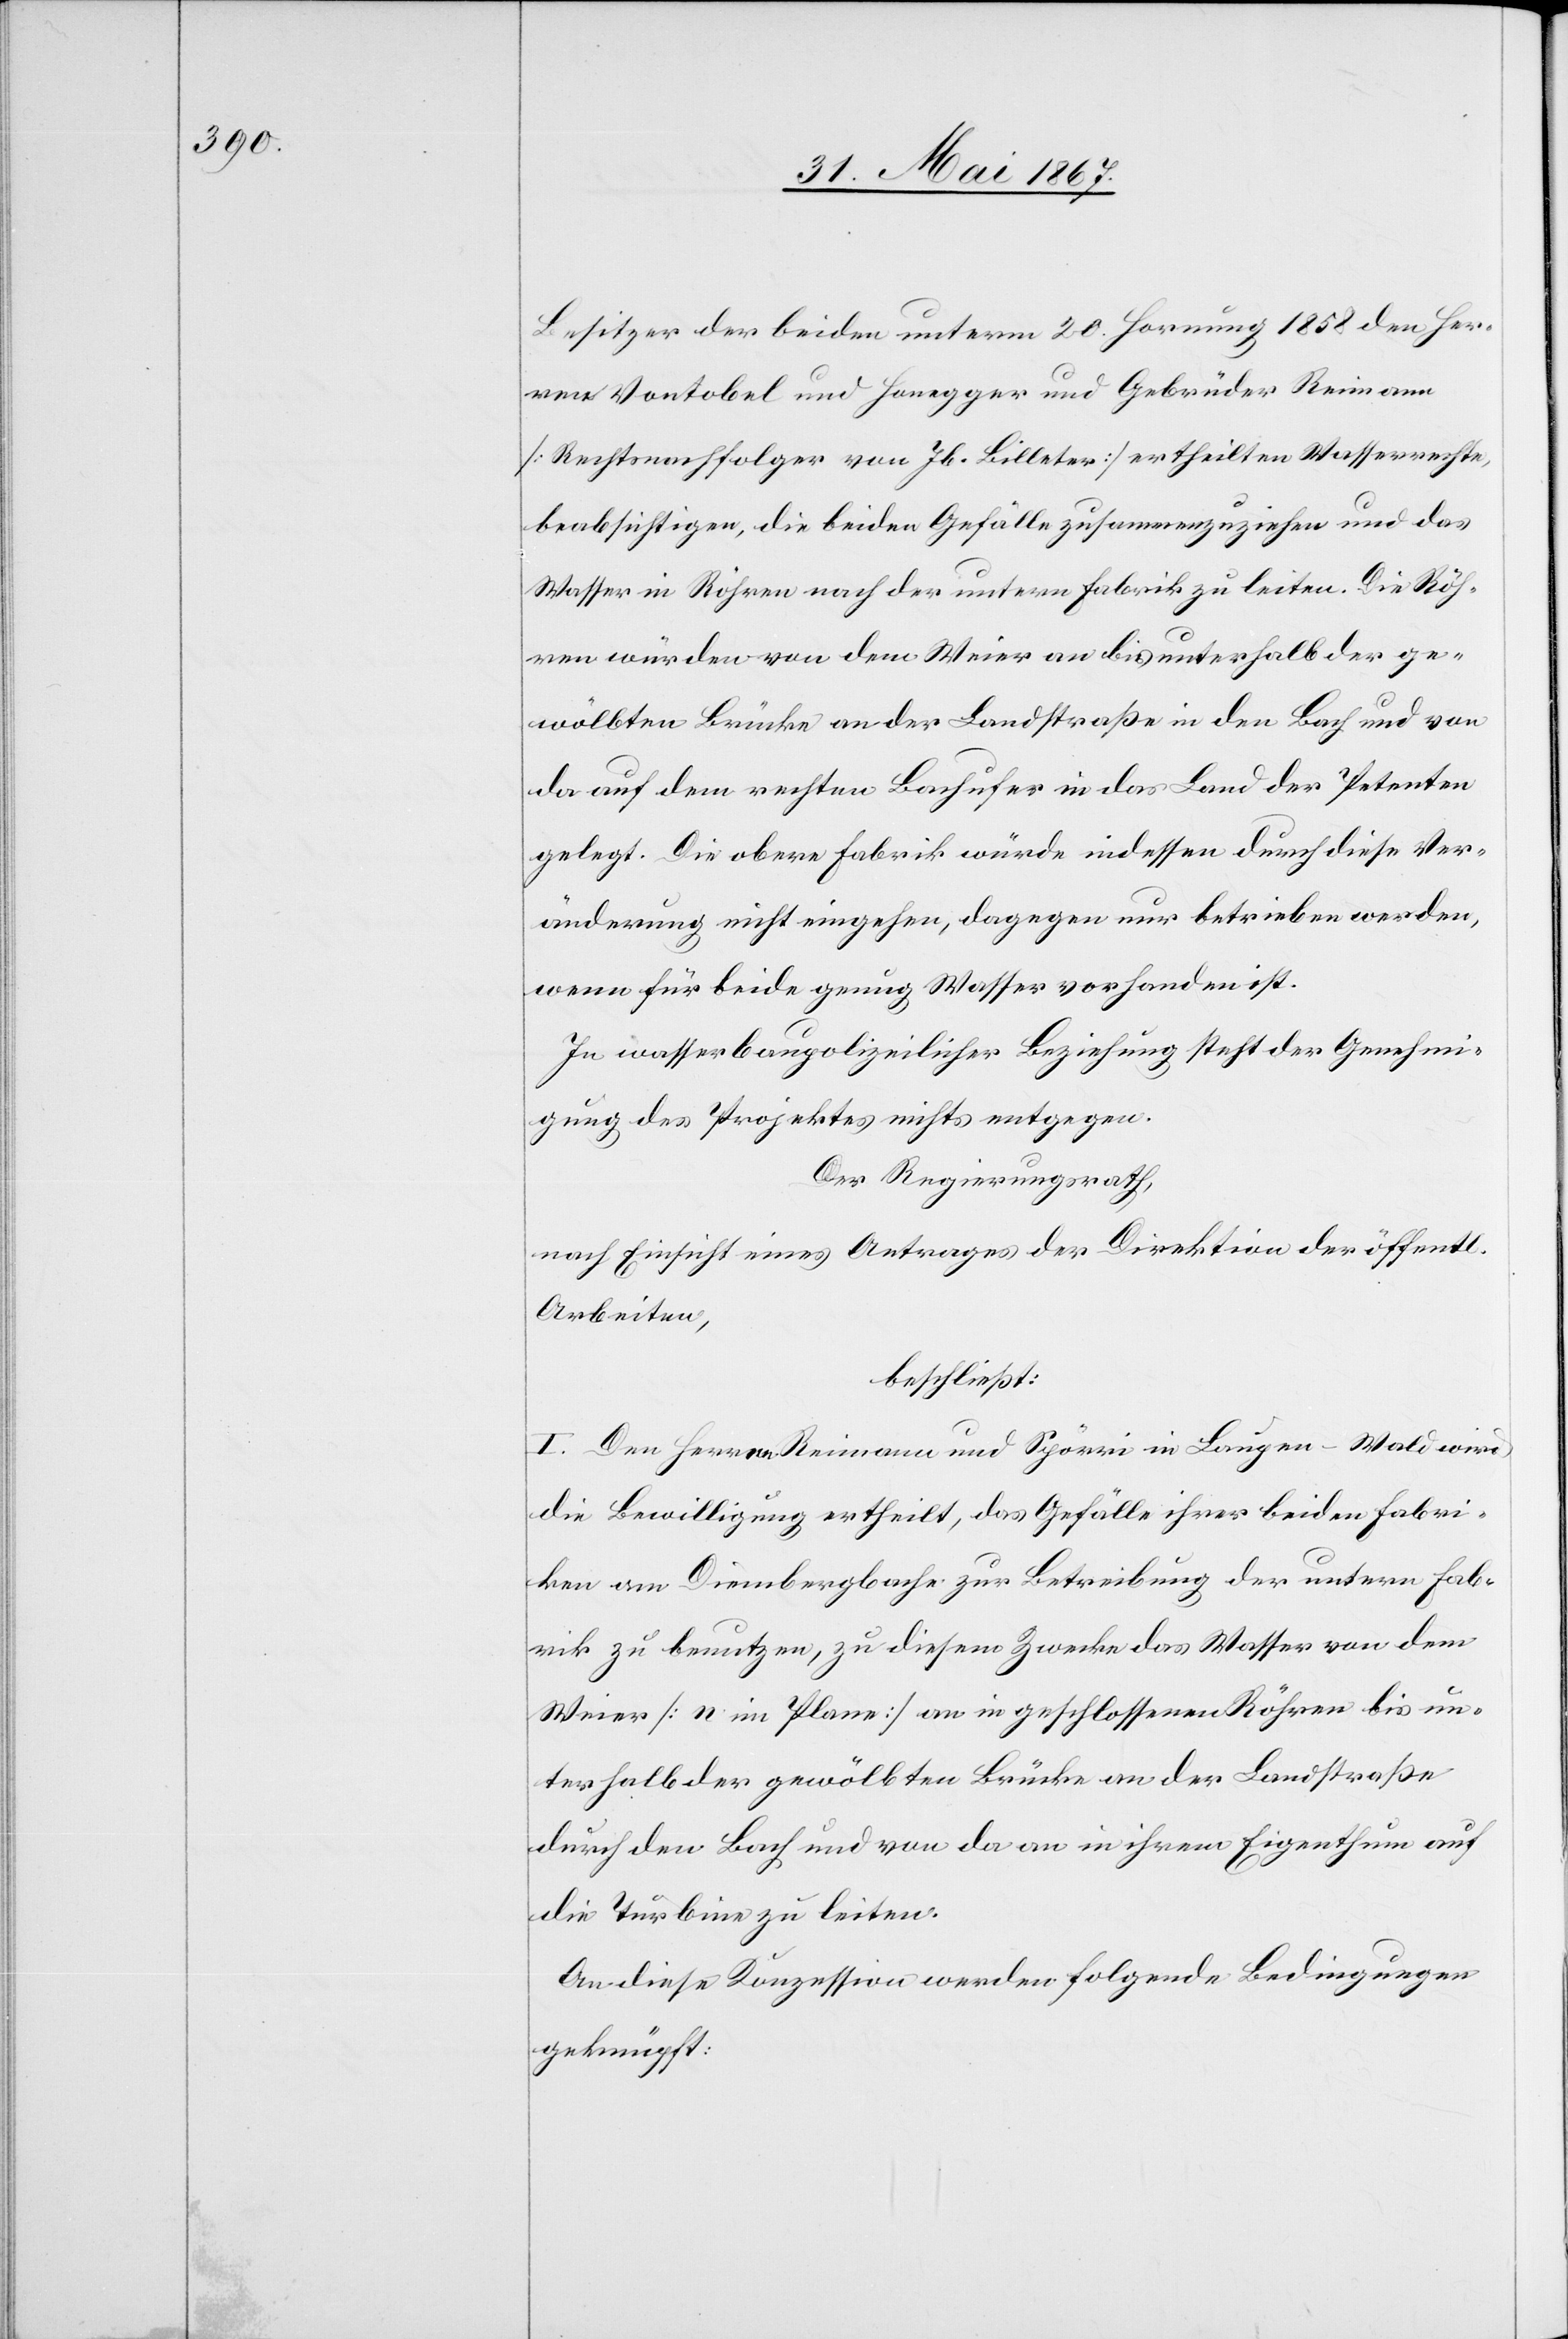
Besitzer der beiden unterm 20. Hornung 1858 den Her¬
ren Vontobel und Honegger und Gebrüder Reimann
[Rechtsnachfolger von Jb. Billeter] ertheilten Wasserrechte,
beabsichtigen, die beiden Gefälle zusammenzuziehen und das
Wasser in Röhren nach der untern Fabrik zu leiten. Die Röh¬
ren würden von dem Weier an bis unterhalb der ge¬
wölbten Brücke an die Landstraße in den Bach und von
da auf dem rechten Bachufer in das Land der Petenten
gelegt. Die obere Fabrik würde indessen durch diese Ver¬
änderung nicht eingehen, dagegen nur betrieben werden,
wenn für beide genug Wasser vorhanden ist.
In wasserbaupolizeilicher Beziehung steht der Genehmi¬
gung des Projektes nichts entgegen.
Der Regierungsrath,
nach Einsicht eines Antrages der Direktion der öffentl.
Arbeiten,
beschließt:
I. Den Herren Reimann und Spörri in Laupen-Wald wird
die Bewilligung ertheilt, das Gefälle ihrer beiden Fabri¬
ken am Diembergbache zur Betreibung der untern Fab¬
rik zu benutzen, zu diesem Zwecke das Wasser von dem
Weier [n im Plane] an in geschlossenen Röhren bis un¬
terhalb der gewölbten Brücke an der Landstraße
durch den Bach und von da an in ihrem Eigenthum auf
die Turbine zu leiten.
An diese Konzession werden folgende Bedingungen
geknüpft: